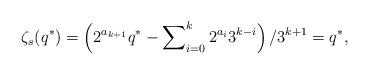
LaTeX: \begin{align*}\zeta_{s}(q^{*})=\left(2^{a_{k+1}}q^{*}-\sum\nolimits_{i=0}^{k}2^{a_{i}}3^{k-i}\right) / 3^{k+1}=q^{*},\end{align*}